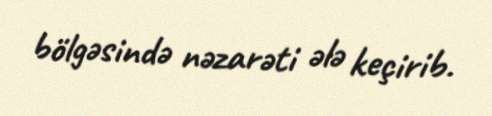
bölgəsində nəzarəti ələ keçirib.